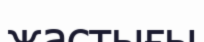
жастығы